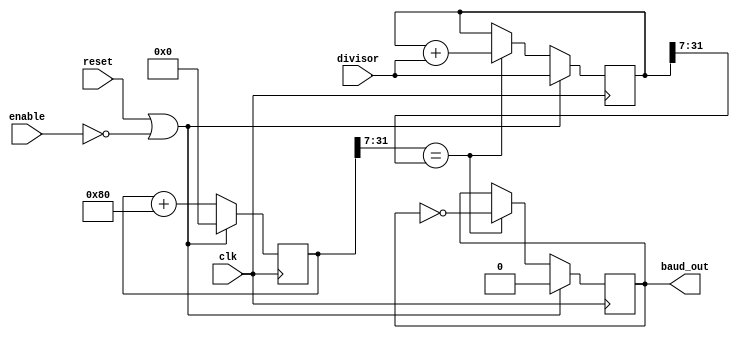
module baud_rate_generator (
	input	 wire				clk,
	input	 wire				reset,
	input  wire				enable,
	input  wire [31:0]	divisor,
	output reg				baud_out
);

	reg [31:0] counter;
	reg [31:0] target;

	always @ (posedge clk)
		if (reset || ~enable) begin
			counter  <= 32'd0;
			baud_out <= 1'b0;
			target   <= divisor;
		end
		else begin
			counter <= (counter + 32'b10000000);

			if (counter[31:7] == target[31:7]) begin
				target	<= (target + divisor);
				baud_out <= ~baud_out;
			end
		end

endmodule